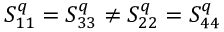
S _ { 1 1 } ^ { q } = S _ { 3 3 } ^ { q } \ne S _ { 2 2 } ^ { q } = S _ { 4 4 } ^ { q }